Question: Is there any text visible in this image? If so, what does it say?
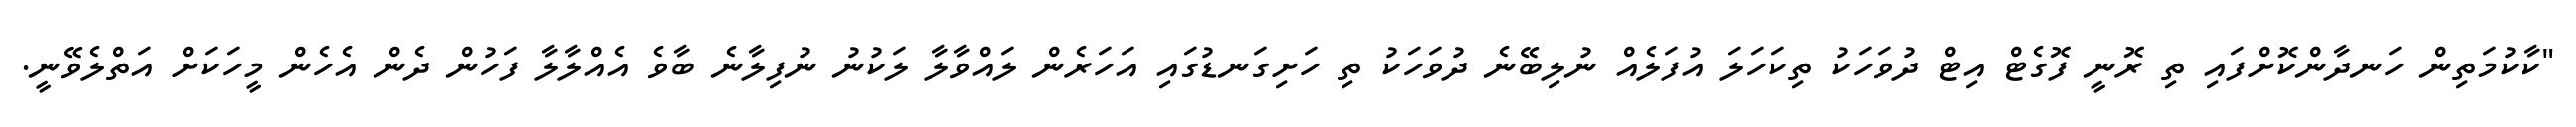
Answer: "ކާކުމަތިން ހަނދާންކޮށްފައި ތި ރޮނީ ފޮގެޓް އިޓް ދުވަހަކު ތިކަހަލަ އުފަލެއް ނުލިބޭނެ ދުވަހަކު ތި ހަށިގަނޑުގައި އަހަރެން ލައްވާލާ ލަކުނު ނުފިލާނެ ބާވެ އެއްލާލާ ފަހުން ދެން އެހެން މީހަކަށް އަތްލެވޭނީ.